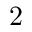
2